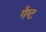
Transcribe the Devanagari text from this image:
गेंग्ट